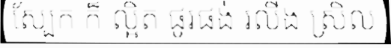
ស្បែក ក៏ ល្អិត ផូរផង់ រលីង ស្រិល